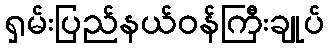
ရှမ်းပြည်နယ်ဝန်ကြီးချုပ်